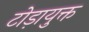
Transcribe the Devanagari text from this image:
टोड़ायुक्त